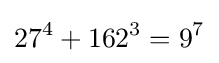
27^{4}+162^{3}=9^{7}